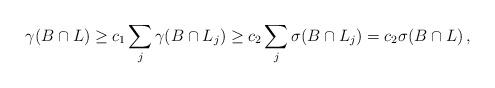
LaTeX: \begin{align*}\gamma(B\cap L) \ge c_1 \sum_j\gamma( B\cap L_j) \ge c_2\sum_j \sigma (B\cap L_j) =c_2\sigma(B\cap L)\,,\end{align*}